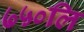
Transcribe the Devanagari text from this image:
७५०लि